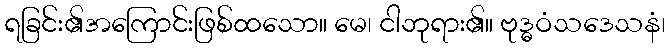
ရခြင်း၏အကြောင်းဖြစ်ထသော။ မေ၊ ငါဘုရား၏။ ဗုဒ္ဓဝံသဒေသနံ၊